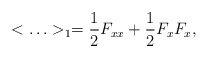
\begin{align*}<\ldots >_1={1\over 2}F_{xx}+{1\over 2}F_xF_x,\end{align*}